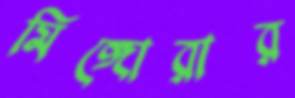
মিঙ্গোরার